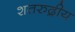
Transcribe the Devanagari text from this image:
शतरुद्रीय